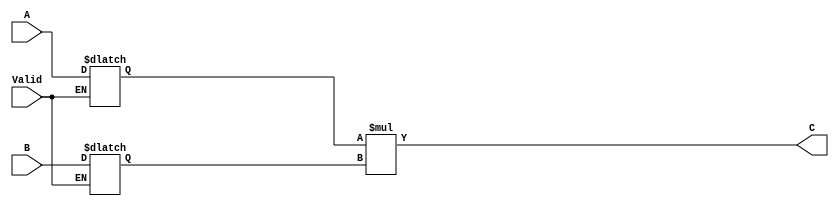
module signed_mult_1 (
    A,
    B,
    Valid,
    C
);
  parameter WIDTH = 32;
  parameter CWIDTH = 2 * WIDTH;
  input [WIDTH-1:0] A, B;
  input Valid;
  output [CWIDTH-1:0] C;
  reg signed [WIDTH-1:0] A_q, B_q;
  wire signed [CWIDTH-1:0] C_int;
  assign C_int = A_q * B_q;
  assign valid_int = Valid;
  assign C = C_int;
  always @(*) if (valid_int == 1'b1) A_q <= A;
  always @(*) if (valid_int == 1'b1) B_q <= B;
endmodule